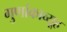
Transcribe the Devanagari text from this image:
गुणांकाव्यूह